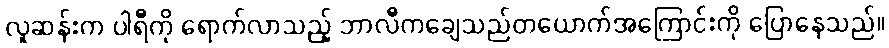
လူဆန်းက ပါရီကို ရောက်လာသည့် ဘာလီကချေသည်တယောက်အကြောင်းကို ပြောနေသည်။